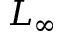
L _ { \infty }